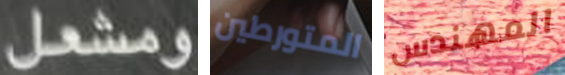
ومشعل المتورطين المهندس